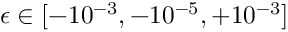
\epsilon \in [ - 1 0 ^ { - 3 } , - 1 0 ^ { - 5 } , + 1 0 ^ { - 3 } ]